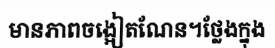
មានភាពចង្អៀតណែន។ថ្លែងក្នុង